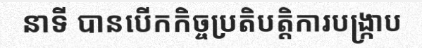
នាទី បានបើកកិច្ចប្រតិបត្តិការបង្ក្រាប